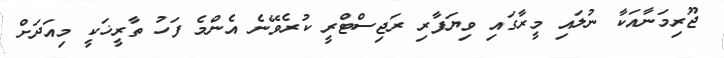
ޖޫރިމަނާއަކާ ނުލައި މީރާގައި ވިޔަފާރި ރަޖިސްޓްރީ ކުރެވޭނެ އެންމެ ފަހު ތާރީޚަކީ މިއަދަށް